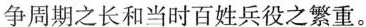
争周期之长和当时百姓兵役之繁重。